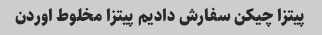
پیتزا چیکن سفارش دادیم پیتزا مخلوط اوردن